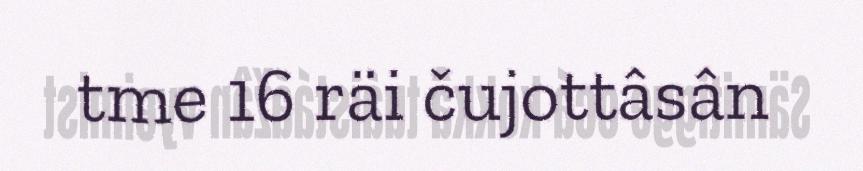
tme 16 räi čujottâsân